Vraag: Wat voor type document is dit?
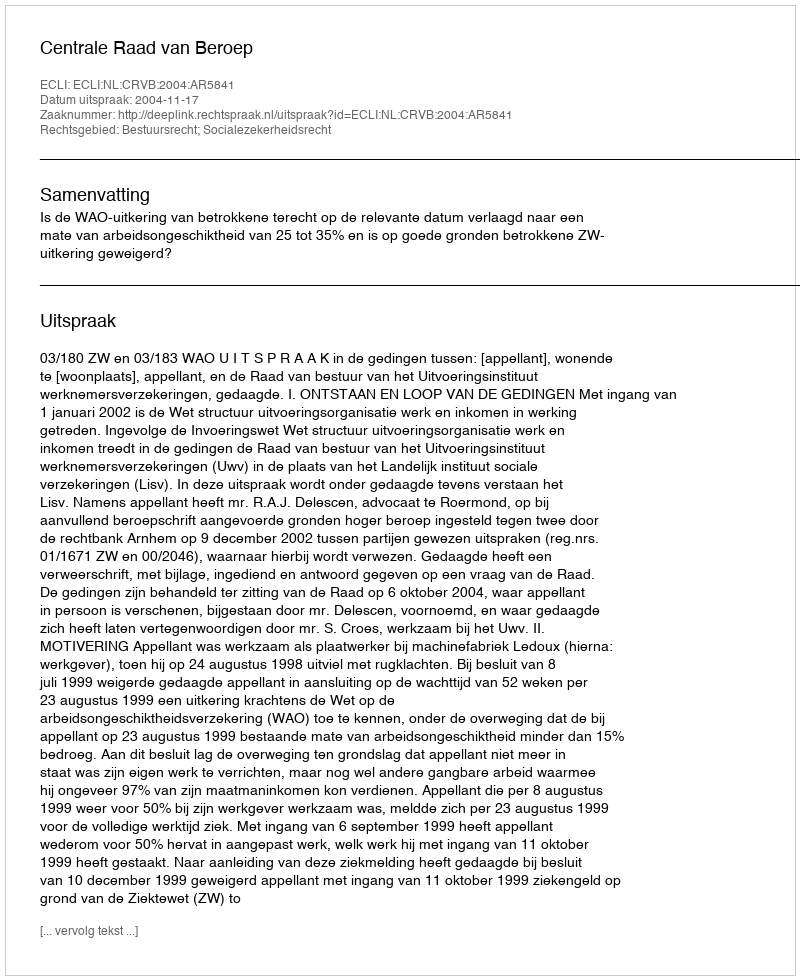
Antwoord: Uitspraak